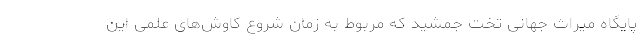
پایگاه میراث جهانی تخت جمشید که مربوط به زمان شروع کاوش‌های علمی این